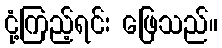
ငုံ့ကြည့်ရင်း ဖြေသည်။